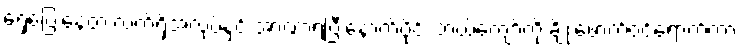
ရှေ့ပြေးနေတဲ့ လက်ရှိအလုပ်နှင့် အာဏာရပြီးနောက်ပိုင်း ဘယ်ကျော့်ကို ချိုးဖောက်ဝင်ရောက်ကာ